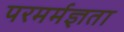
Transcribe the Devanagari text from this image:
परमर्मज्ञता